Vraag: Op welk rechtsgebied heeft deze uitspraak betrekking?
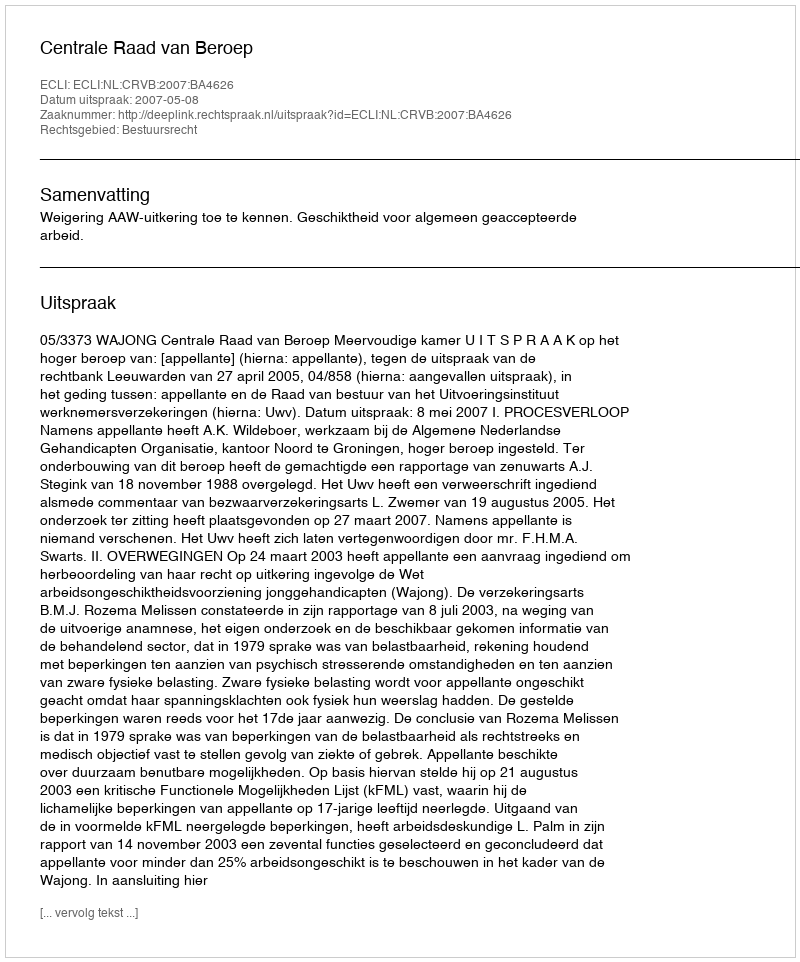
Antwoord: Bestuursrecht